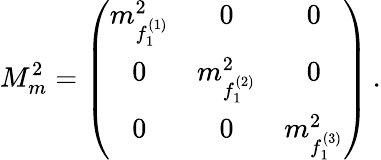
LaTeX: M_{m}^{2}=\left(\begin{array}{ccc}{{m_{f_{1}^{(1)}}^{2}}}&{{0}}&{{0}}\\ {{0}}&{{m_{f_{1}^{(2)}}^{2}}}&{{0}}\\ {{0}}&{{0}}&{{m_{f_{1}^{(3)}}^{2}}}\end{array}\right)\, .